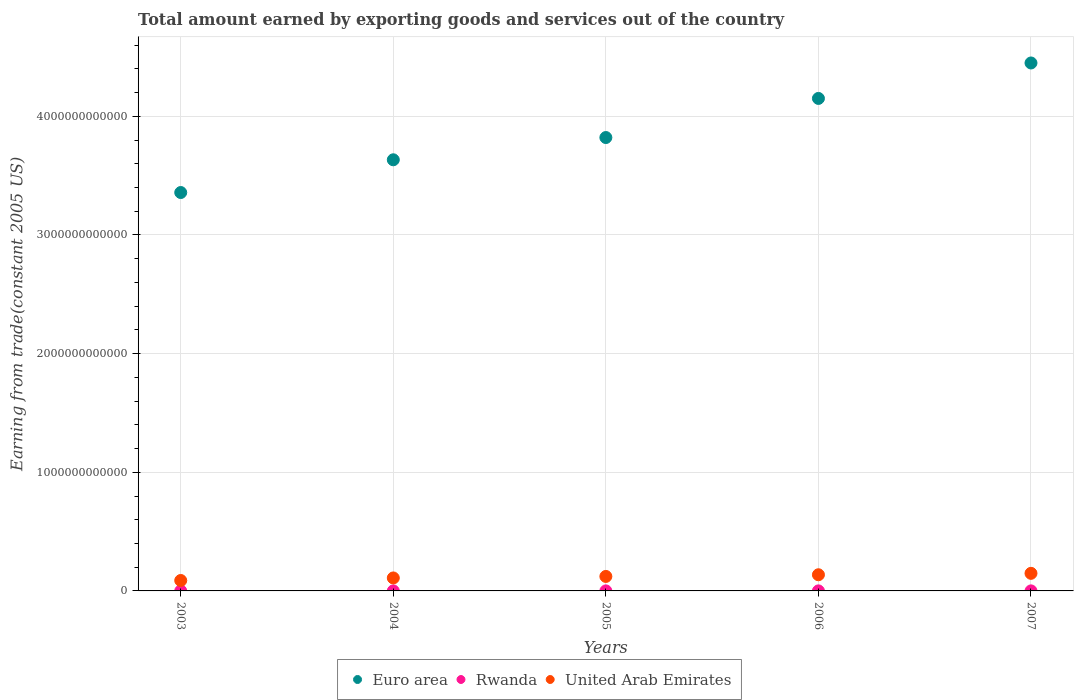
| Years | Euro area | Rwanda | United Arab Emirates |
 | --- | --- | --- | --- |
 | 2003 | 3.36e+12 | 1.57e+08 | 8.79e+10 |
 | 2004 | 3.63e+12 | 2.06e+08 | 1.09e+11 |
 | 2005 | 3.82e+12 | 2.96e+08 | 1.22e+11 |
 | 2006 | 4.15e+12 | 3.22e+08 | 1.36e+11 |
 | 2007 | 4.45e+12 | 3.17e+08 | 1.48e+11 |